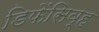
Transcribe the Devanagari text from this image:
डिफेंसिव्ह